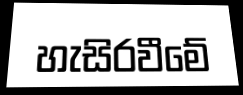
හැසිරවීමේ